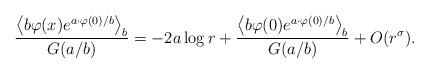
LaTeX: \begin{align*}\frac{\left\langle b\varphi (x)e^{a\cdot \varphi (0)/b}\right\rangle _b}{G(a/b)}=-2a\log r+\frac{\left\langle b\varphi (0)e^{a\cdot \varphi(0)/b}\right\rangle _b}{G(a/b)}+O(r^\sigma ). \end{align*}